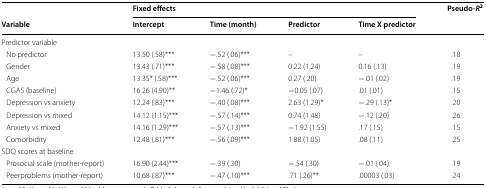
<table><thead><tr><td></td><td colspan="4"><b>Fixed effects</b></td><td rowspan="2"><b>Pseudo-<i>R</i><sup>2</sup></b></td></tr><tr><td><b>Variable</b></td><td><b>Intercept</b></td><td><b>Time (month)</b></td><td><b>Predictor</b></td><td><b>Time X predictor</b></td></tr></thead><tbody><tr><td colspan="6">Predictor variable</td></tr><tr><td> No predictor</td><td>13.50 (.58)***</td><td>−.52 (.06)***</td><td>–</td><td>–</td><td>.18</td></tr><tr><td> Gender</td><td>13.43 (.71)***</td><td>−.58 (.08)***</td><td>0.22 (1.24)</td><td>0.16 (.13)</td><td>.19</td></tr><tr><td> Age</td><td>13.35* (.58)***</td><td>−.52 (.06)***</td><td>0.27 (.20)</td><td>−.01 (.02)</td><td>.19</td></tr><tr><td> CGAS (baseline)</td><td>16.26 (4.90)**</td><td>−1.46 (.72)*</td><td>−0.05 (.07)</td><td>.01 (.01)</td><td>.15</td></tr><tr><td> Depression vs anxiety</td><td>12.24 (.83)***</td><td>−.40 (.08)***</td><td>2.63 (1.29)*</td><td>−.29 (.13)*</td><td>.20</td></tr><tr><td> Depression vs mixed</td><td>14.12 (1.15)***</td><td>−.57 (.14)***</td><td>0.74 (1.48)</td><td>−.12 (.20)</td><td>.26</td></tr><tr><td> Anxiety vs mixed</td><td>14.16 (1.29)***</td><td>−.57 (.13)***</td><td>−1.92 (1.55)</td><td>.17 (.15)</td><td>.15</td></tr><tr><td> Comorbidity</td><td>12.48 (.81)***</td><td>−.56 (.09)***</td><td>1.88 (1.05)</td><td>.08 (.11)</td><td>.25</td></tr><tr><td colspan="6">SDQ scores at baseline</td></tr><tr><td> Prosocial scale (mother-report)</td><td>16.90 (2.44)***</td><td>−.39 (.30)</td><td>−.54 (.30)</td><td>−.01 (.04)</td><td>.19</td></tr><tr><td> Peerproblems (mother-report)</td><td>10.68 (.87)***</td><td>−.47 (.10)***</td><td>.71 (.26)**</td><td>.00003 (.03)</td><td>.24</td></tr></tbody></table>